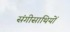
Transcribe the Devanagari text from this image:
संगीसाथियों